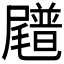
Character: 𪨟